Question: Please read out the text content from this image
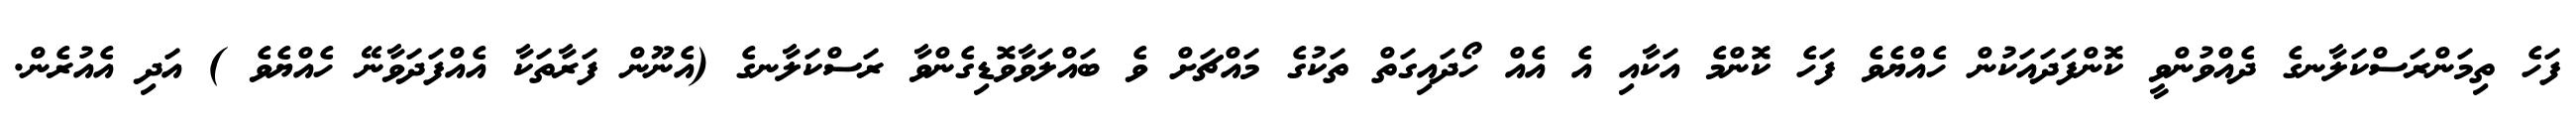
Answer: ފަހެ ތިމަންރަސްކަލާނގެ ދެއްވުންވީ ކޮންފަދައަކުން ހެއްޔެވެ ފަހެ ކޮންމެ އަކާއި އެ އެއް ހޯދައިގަތް ތަކުގެ މައްޗަށް ވެ ބައްލަވާވޮޑިގެންވާ ރަސްކަލާނގެ (އެނޫން ފަރާތަކާ އެއްފަދަވާނޭ ހެއްޔެވެ ) އަދި އެއުރެން.